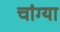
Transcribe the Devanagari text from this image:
चांग्या